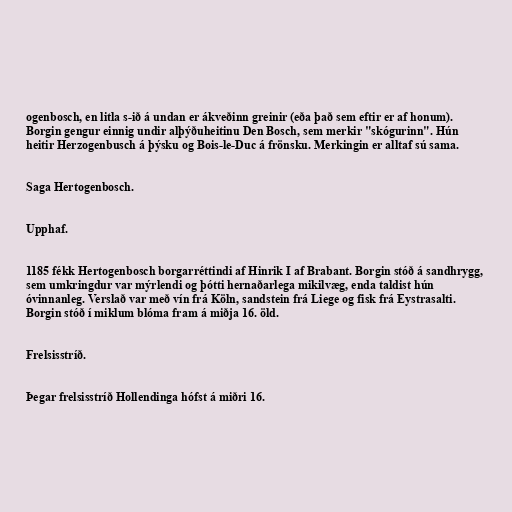
ogenbosch, en litla s-ið á undan er ákveðinn greinir (eða það sem eftir er af honum).
Borgin gengur einnig undir alþýðuheitinu Den Bosch, sem merkir "skógurinn". Hún
heitir Herzogenbusch á þýsku og Bois-le-Duc á frönsku. Merkingin er alltaf sú sama.

Saga Hertogenbosch.

Upphaf.

1185 fékk Hertogenbosch borgarréttindi af Hinrik I af Brabant. Borgin stóð á sandhrygg,
sem umkringdur var mýrlendi og þótti hernaðarlega mikilvæg, enda taldist hún
óvinnanleg. Verslað var með vín frá Köln, sandstein frá Liege og fisk frá Eystrasalti.
Borgin stóð í miklum blóma fram á miðja 16. öld.

Frelsisstríð.

Þegar frelsisstríð Hollendinga hófst á miðri 16.